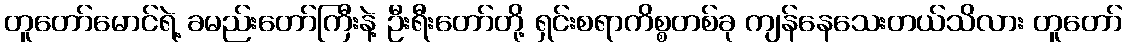
တူတော်မောင်ရဲ့ ခမည်းတော်ကြီးနဲ့ ဦးရီးတော်တို့ ရှင်းစရာကိစ္စတစ်ခု ကျန်နေသေးတယ်သိလား တူတော်